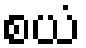
စယံ